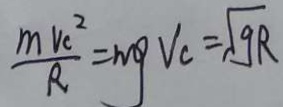
\frac { m V _ { c } ^ { 2 } } { R } = m g V _ { c } = \sqrt { g R }